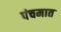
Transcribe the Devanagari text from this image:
पंचमात